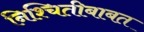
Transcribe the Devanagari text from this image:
निश्चितीबाबत